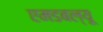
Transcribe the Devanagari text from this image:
एमडबल्यू